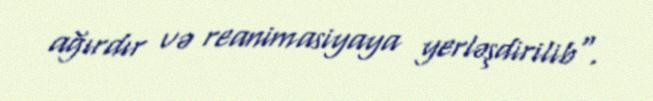
ağırdır və reanimasiyaya yerləşdirilib".